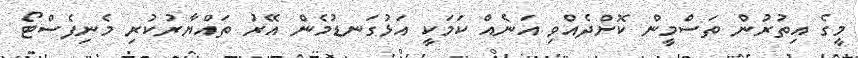
މީގެ އިތުރުން ތަސްމީން ކޮށްދެއްވި އަނެއް ކަމަކީ އަޅުގަނޑުމެން އޭރު ތައްޔާރުކުރި މެނިފެސްޓޯ